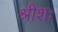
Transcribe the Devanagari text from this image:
श्रीशः